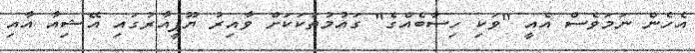
އެހެން ނަމަވެސް އެއީ "ވަކި ހިސާބެއްގެ" ގައުމުތަކަކަށް ވާއިރު ޔޫޕީއާރުގައި އޭޝިއާ އާއި